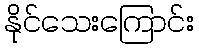
နိုင်သေးကြောင်း